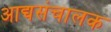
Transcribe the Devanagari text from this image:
आद्यसंचालक